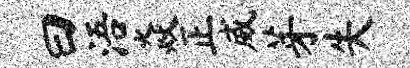
曰浯焱正威芽失